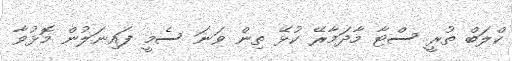
ކްލަބް ތުރީ ސްޓާ މާދަމާރޭ ކުޅޭ ތިން ވަނަ ސެމީ ފައިނަލުން މޮޅުވާ